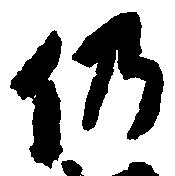
仍